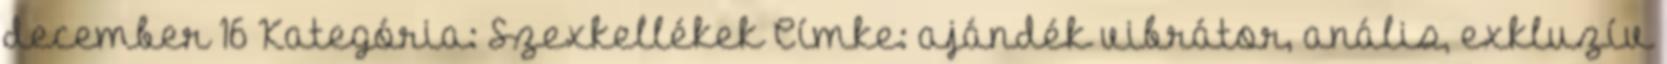
december 16 Kategória: Szexkellékek Címke: ajándék vibrátor, anális, exkluzív